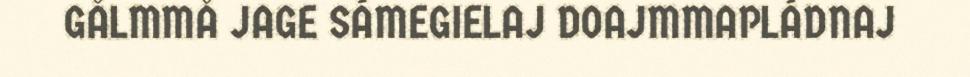
GÅLMMÅ JAGE SÁMEGIELAJ DOAJMMAPLÁDNAJ